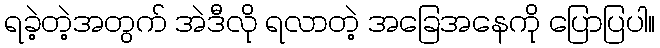
ရခဲ့တဲ့အတွက် အဲဒီလို ရလာတဲ့ အခြေအနေကို ပြောပြပါ။